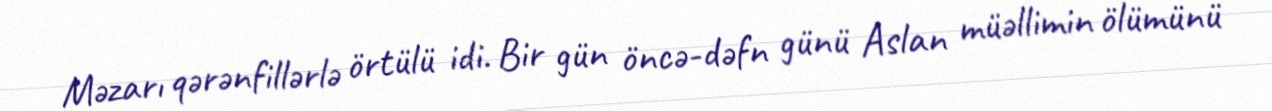
Məzarı qərənfillərlə örtülü idi. Bir gün öncə-dəfn günü Aslan müəllimin ölümünü